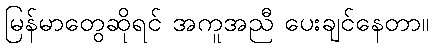
မြန်မာတွေဆိုရင် အကူအညီ ပေးချင်နေတာ။